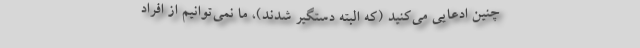
چنین ادعایی می‌کنید (که البته دستگیر شدند)، ما نمی‌توانیم از افراد